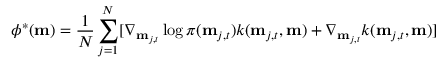
\phi ^ { \ast } ( \mathbf { m } ) = \frac { 1 } { N } \sum _ { j = 1 } ^ { N } [ \nabla _ { \mathbf { m } _ { j , t } } \log \pi ( \mathbf { m } _ { j , t } ) k ( \mathbf { m } _ { j , t } , \mathbf { m } ) + \nabla _ { \mathbf { m } _ { j , t } } k ( \mathbf { m } _ { j , t } , \mathbf { m } ) ]